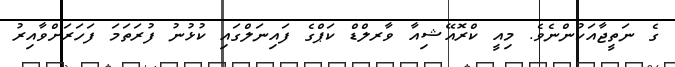
ގެ ނަތީޖާއަކުންނެވެ. މިއީ ކްރޮއޭޝިއާ ވާރލްޑް ކަޕްގެ ފައިނަލްގައި ކުޅުނު ފުރަތަމަ ފަހަރަށްވާއިރު